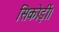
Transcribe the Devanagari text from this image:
सिकोड़ीं।